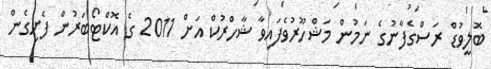
ބޮލީވުޑް ރަސްގެފާނުގެ ނަމުން މަޝްހޫރުވެފައިވާ ޝާހްރުކް އަށް 2011 ގެ އޮކްޓޯބަރުން ފެށިގެން